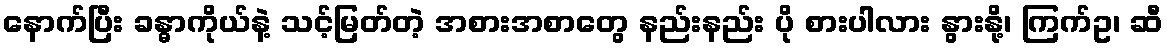
နောက်ပြီး ခန္ဓာကိုယ်နဲ့ သင့်မြတ်တဲ့ အစားအစာတွေ နည်းနည်း ပို စားပါလား နွားနို့၊ ကြက်ဥ၊ ဆီ